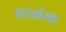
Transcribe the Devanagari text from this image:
शस्त्रांसह